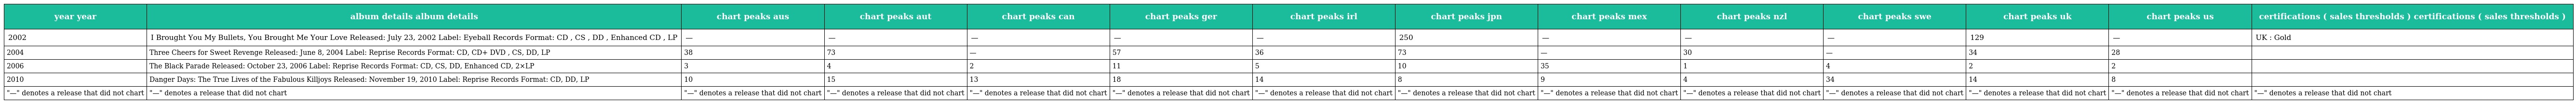
| year year | album details album details | chart peaks aus | chart peaks aut | chart peaks can | chart peaks ger | chart peaks irl | chart peaks jpn | chart peaks mex | chart peaks nzl | chart peaks swe | chart peaks uk | chart peaks us | certifications ( sales thresholds ) certifications ( sales thresholds ) |
 | --- | --- | --- | --- | --- | --- | --- | --- | --- | --- | --- | --- | --- | --- |
 | 2002 | I Brought You My Bullets, You Brought Me Your Love Released: July 23, 2002 Label: Eyeball Records Format: CD , CS , DD , Enhanced CD , LP | — | — | — | — | — | 250 | — | — | — | 129 | — | UK : Gold |
 | 2004 | Three Cheers for Sweet Revenge Released: June 8, 2004 Label: Reprise Records Format: CD, CD+ DVD , CS, DD, LP | 38 | 73 | — | 57 | 36 | 73 | — | 30 | — | 34 | 28 |  |
 | 2006 | The Black Parade Released: October 23, 2006 Label: Reprise Records Format: CD, CS, DD, Enhanced CD, 2×LP | 3 | 4 | 2 | 11 | 5 | 10 | 35 | 1 | 4 | 2 | 2 |  |
 | 2010 | Danger Days: The True Lives of the Fabulous Killjoys Released: November 19, 2010 Label: Reprise Records Format: CD, DD, LP | 10 | 15 | 13 | 18 | 14 | 8 | 9 | 4 | 34 | 14 | 8 |  |
 | "—" denotes a release that did not chart | "—" denotes a release that did not chart | "—" denotes a release that did not chart | "—" denotes a release that did not chart | "—" denotes a release that did not chart | "—" denotes a release that did not chart | "—" denotes a release that did not chart | "—" denotes a release that did not chart | "—" denotes a release that did not chart | "—" denotes a release that did not chart | "—" denotes a release that did not chart | "—" denotes a release that did not chart | "—" denotes a release that did not chart | "—" denotes a release that did not chart |